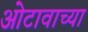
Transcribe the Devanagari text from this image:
ओटावाच्या